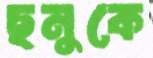
ছনুকে